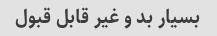
بسیار بد و غیر قابل قبول